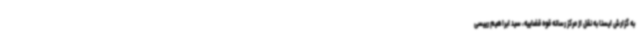
به گزارش ایسنا به نقل از مرکز رسانه قوه قضاییه، سید ابراهیم رییسی